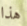
هذا